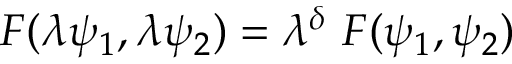
F ( \lambda \psi _ { 1 } , \lambda \psi _ { 2 } ) = \lambda ^ { \delta } ~ F ( \psi _ { 1 } , \psi _ { 2 } )